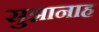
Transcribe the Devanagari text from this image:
सुझानाह